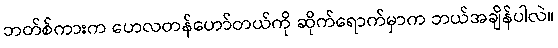
ဘတ်စ်ကားက ဟေလတန်ဟော်တယ်ကို ဆိုက်ရောက်မှာက ဘယ်အချိန်ပါလဲ။